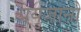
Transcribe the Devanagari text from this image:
प्रयुंजानो